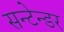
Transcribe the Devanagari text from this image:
सन्टेन्डर